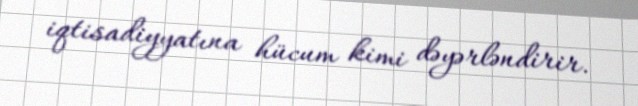
iqtisadiyyatına hücum kimi dəyərləndirir.